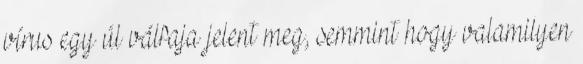
vírus egy úl válfaja jelent meg, semmint hogy valamilyen